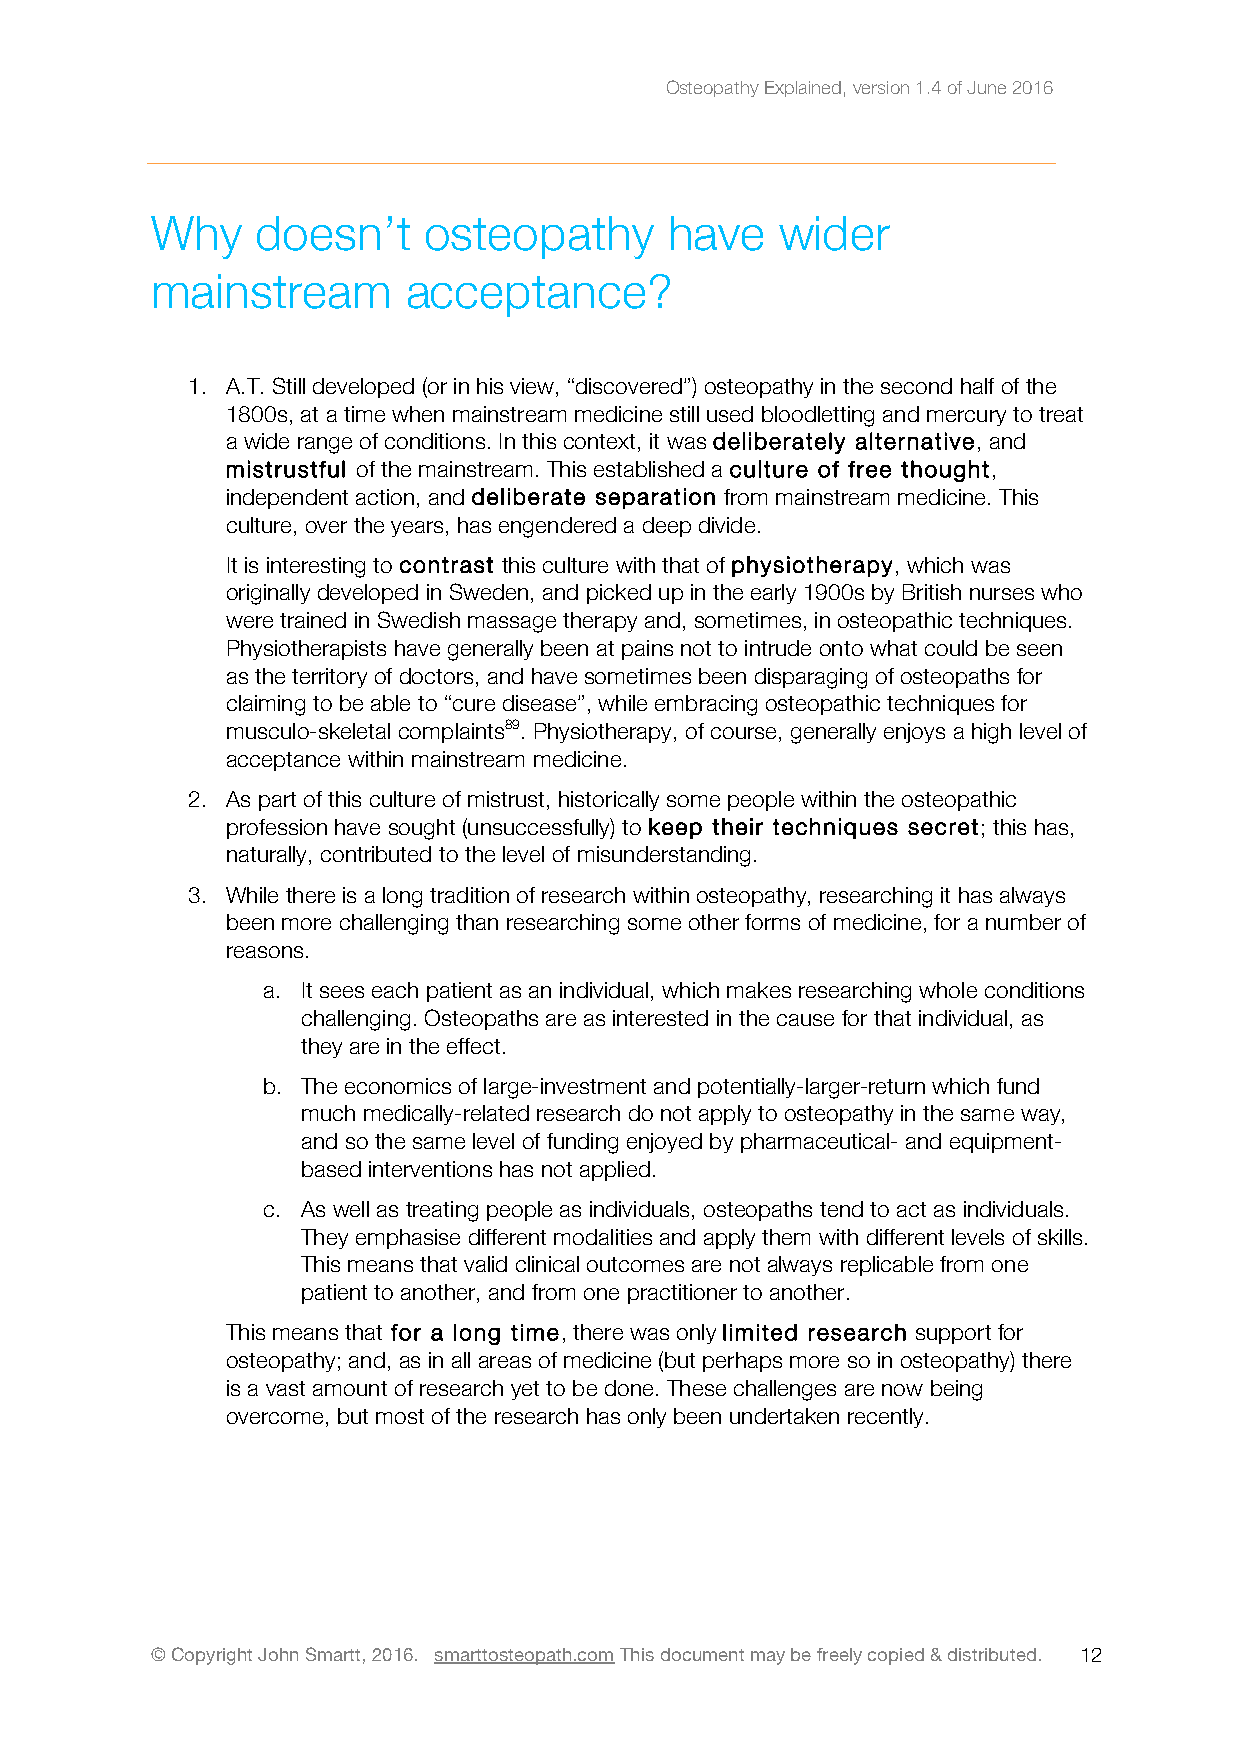
Osteopathy Explained, version 1.4 of June 2016
 Why    doesn’t    osteopathy      have    wider
 mainstream       acceptance?
 1. A.T. Still developed (or in his view, “discovered”) osteopathy in the second half of the
 1800s, at a time when mainstream medicine still used bloodletting and mercury to treat
 a wide range of conditions. In this context, it was deliberately alternative, and
 mistrustful of the mainstream. This established a culture of free thought,
 independent action, and deliberate separation from mainstream medicine. This
 culture, over the years, has engendered a deep divide.
 It is interesting to contrast this culture with that of physiotherapy, which was
 originally developed in Sweden, and picked up in the early 1900s by British nurses who
 were trained in Swedish massage therapy and, sometimes, in osteopathic techniques.
 Physiotherapists have generally been at pains not to intrude onto what could be seen
 as the territory of doctors, and have sometimes been disparaging of osteopaths for
 claiming to be able to “cure disease”, while embracing osteopathic techniques for
 musculo-skeletal complaints89. Physiotherapy, of course, generally enjoys a high level of
 acceptance within mainstream medicine.
 2. As part of this culture of mistrust, historically some people within the osteopathic
 profession have sought (unsuccessfully) to keep their techniques secret; this has,
 naturally, contributed to the level of misunderstanding.
 3. While there is a long tradition of research within osteopathy, researching it has always
 been more challenging than researching some other forms of medicine, for a number of
 reasons.
 a. It sees each patient as an individual, which makes researching whole conditions
 challenging. Osteopaths are as interested in the cause for that individual, as
 they are in the effect.
 b. The economics of large-investment and potentially-larger-return which fund
 much medically-related research do not apply to osteopathy in the same way,
 and so the same level of funding enjoyed by pharmaceutical- and equipment-
 based interventions has not applied.
 c. As well as treating people as individuals, osteopaths tend to act as individuals.
 They emphasise different modalities and apply them with different levels of skills.
 This means that valid clinical outcomes are not always replicable from one
 patient to another, and from one practitioner to another.
 This means that for a long time, there was only limited research support for
 osteopathy; and, as in all areas of medicine (but perhaps more so in osteopathy) there
 is a vast amount of research yet to be done. These challenges are now being
 overcome, but most of the research has only been undertaken recently.
 © Copyright John Smartt, 2016. smarttosteopath.com This document may be freely copied & distributed. 1 2